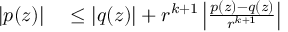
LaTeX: \begin{array} { r l } { | p ( z ) | } & { { } \leq | q ( z ) | + r ^ { k + 1 } \left| { \frac { p ( z ) - q ( z ) } { r ^ { k + 1 } } } \right| } \end{array}